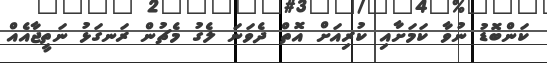
ކަންބޮޑު ނުވާ ކަމަށާއި ކުރިއަށް އޮތް ދެވަނަ ލެގު މެޗުން ރަނގަޅު ނަތީޖާއެއް